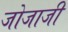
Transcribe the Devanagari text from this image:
जोजाजी